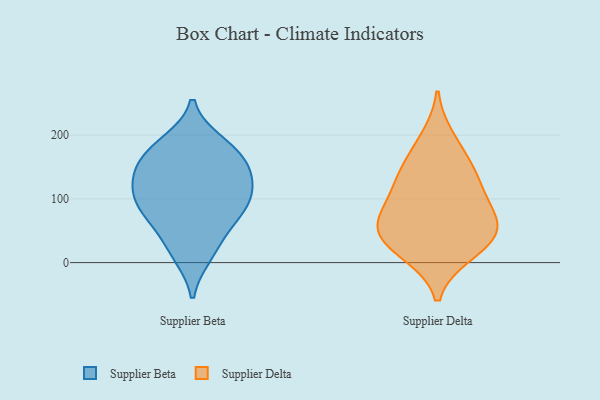
{"axis": {"x": "Headcount", "y": "Value"}, "legend": ["Supplier Beta", "Supplier Delta"], "data": [{"x": "", "y": 115, "type": "Supplier Beta"}, {"x": "", "y": 24, "type": "Supplier Beta"}, {"x": "", "y": 179, "type": "Supplier Beta"}, {"x": "", "y": 170, "type": "Supplier Beta"}, {"x": "", "y": 155, "type": "Supplier Beta"}, {"x": "", "y": 107, "type": "Supplier Beta"}, {"x": "", "y": 133, "type": "Supplier Beta"}, {"x": "", "y": 142, "type": "Supplier Beta"}, {"x": "", "y": 76, "type": "Supplier Beta"}, {"x": "", "y": 73, "type": "Supplier Beta"}, {"x": "", "y": 187, "type": "Supplier Beta"}, {"x": "", "y": 13, "type": "Supplier Beta"}, {"x": "", "y": 105, "type": "Supplier Beta"}, {"x": "", "y": 74, "type": "Supplier Beta"}, {"x": "", "y": 15, "type": "Supplier Delta"}, {"x": "", "y": 53, "type": "Supplier Delta"}, {"x": "", "y": 107, "type": "Supplier Delta"}, {"x": "", "y": 13, "type": "Supplier Delta"}, {"x": "", "y": 135, "type": "Supplier Delta"}, {"x": "", "y": 162, "type": "Supplier Delta"}, {"x": "", "y": 69, "type": "Supplier Delta"}, {"x": "", "y": 93, "type": "Supplier Delta"}, {"x": "", "y": 46, "type": "Supplier Delta"}, {"x": "", "y": 135, "type": "Supplier Delta"}, {"x": "", "y": 43, "type": "Supplier Delta"}, {"x": "", "y": 196, "type": "Supplier Delta"}, {"x": "", "y": 60, "type": "Supplier Delta"}]}